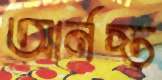
আর্নস্ত